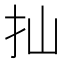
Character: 𢩳